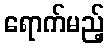
ရောက်မည့်